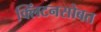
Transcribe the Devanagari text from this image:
क्लिंटनसोबत